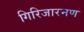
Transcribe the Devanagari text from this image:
गिरिजारमण